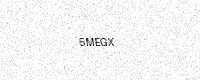
Text: 5MEGX